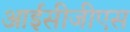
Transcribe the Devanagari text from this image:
आईसीजीएस